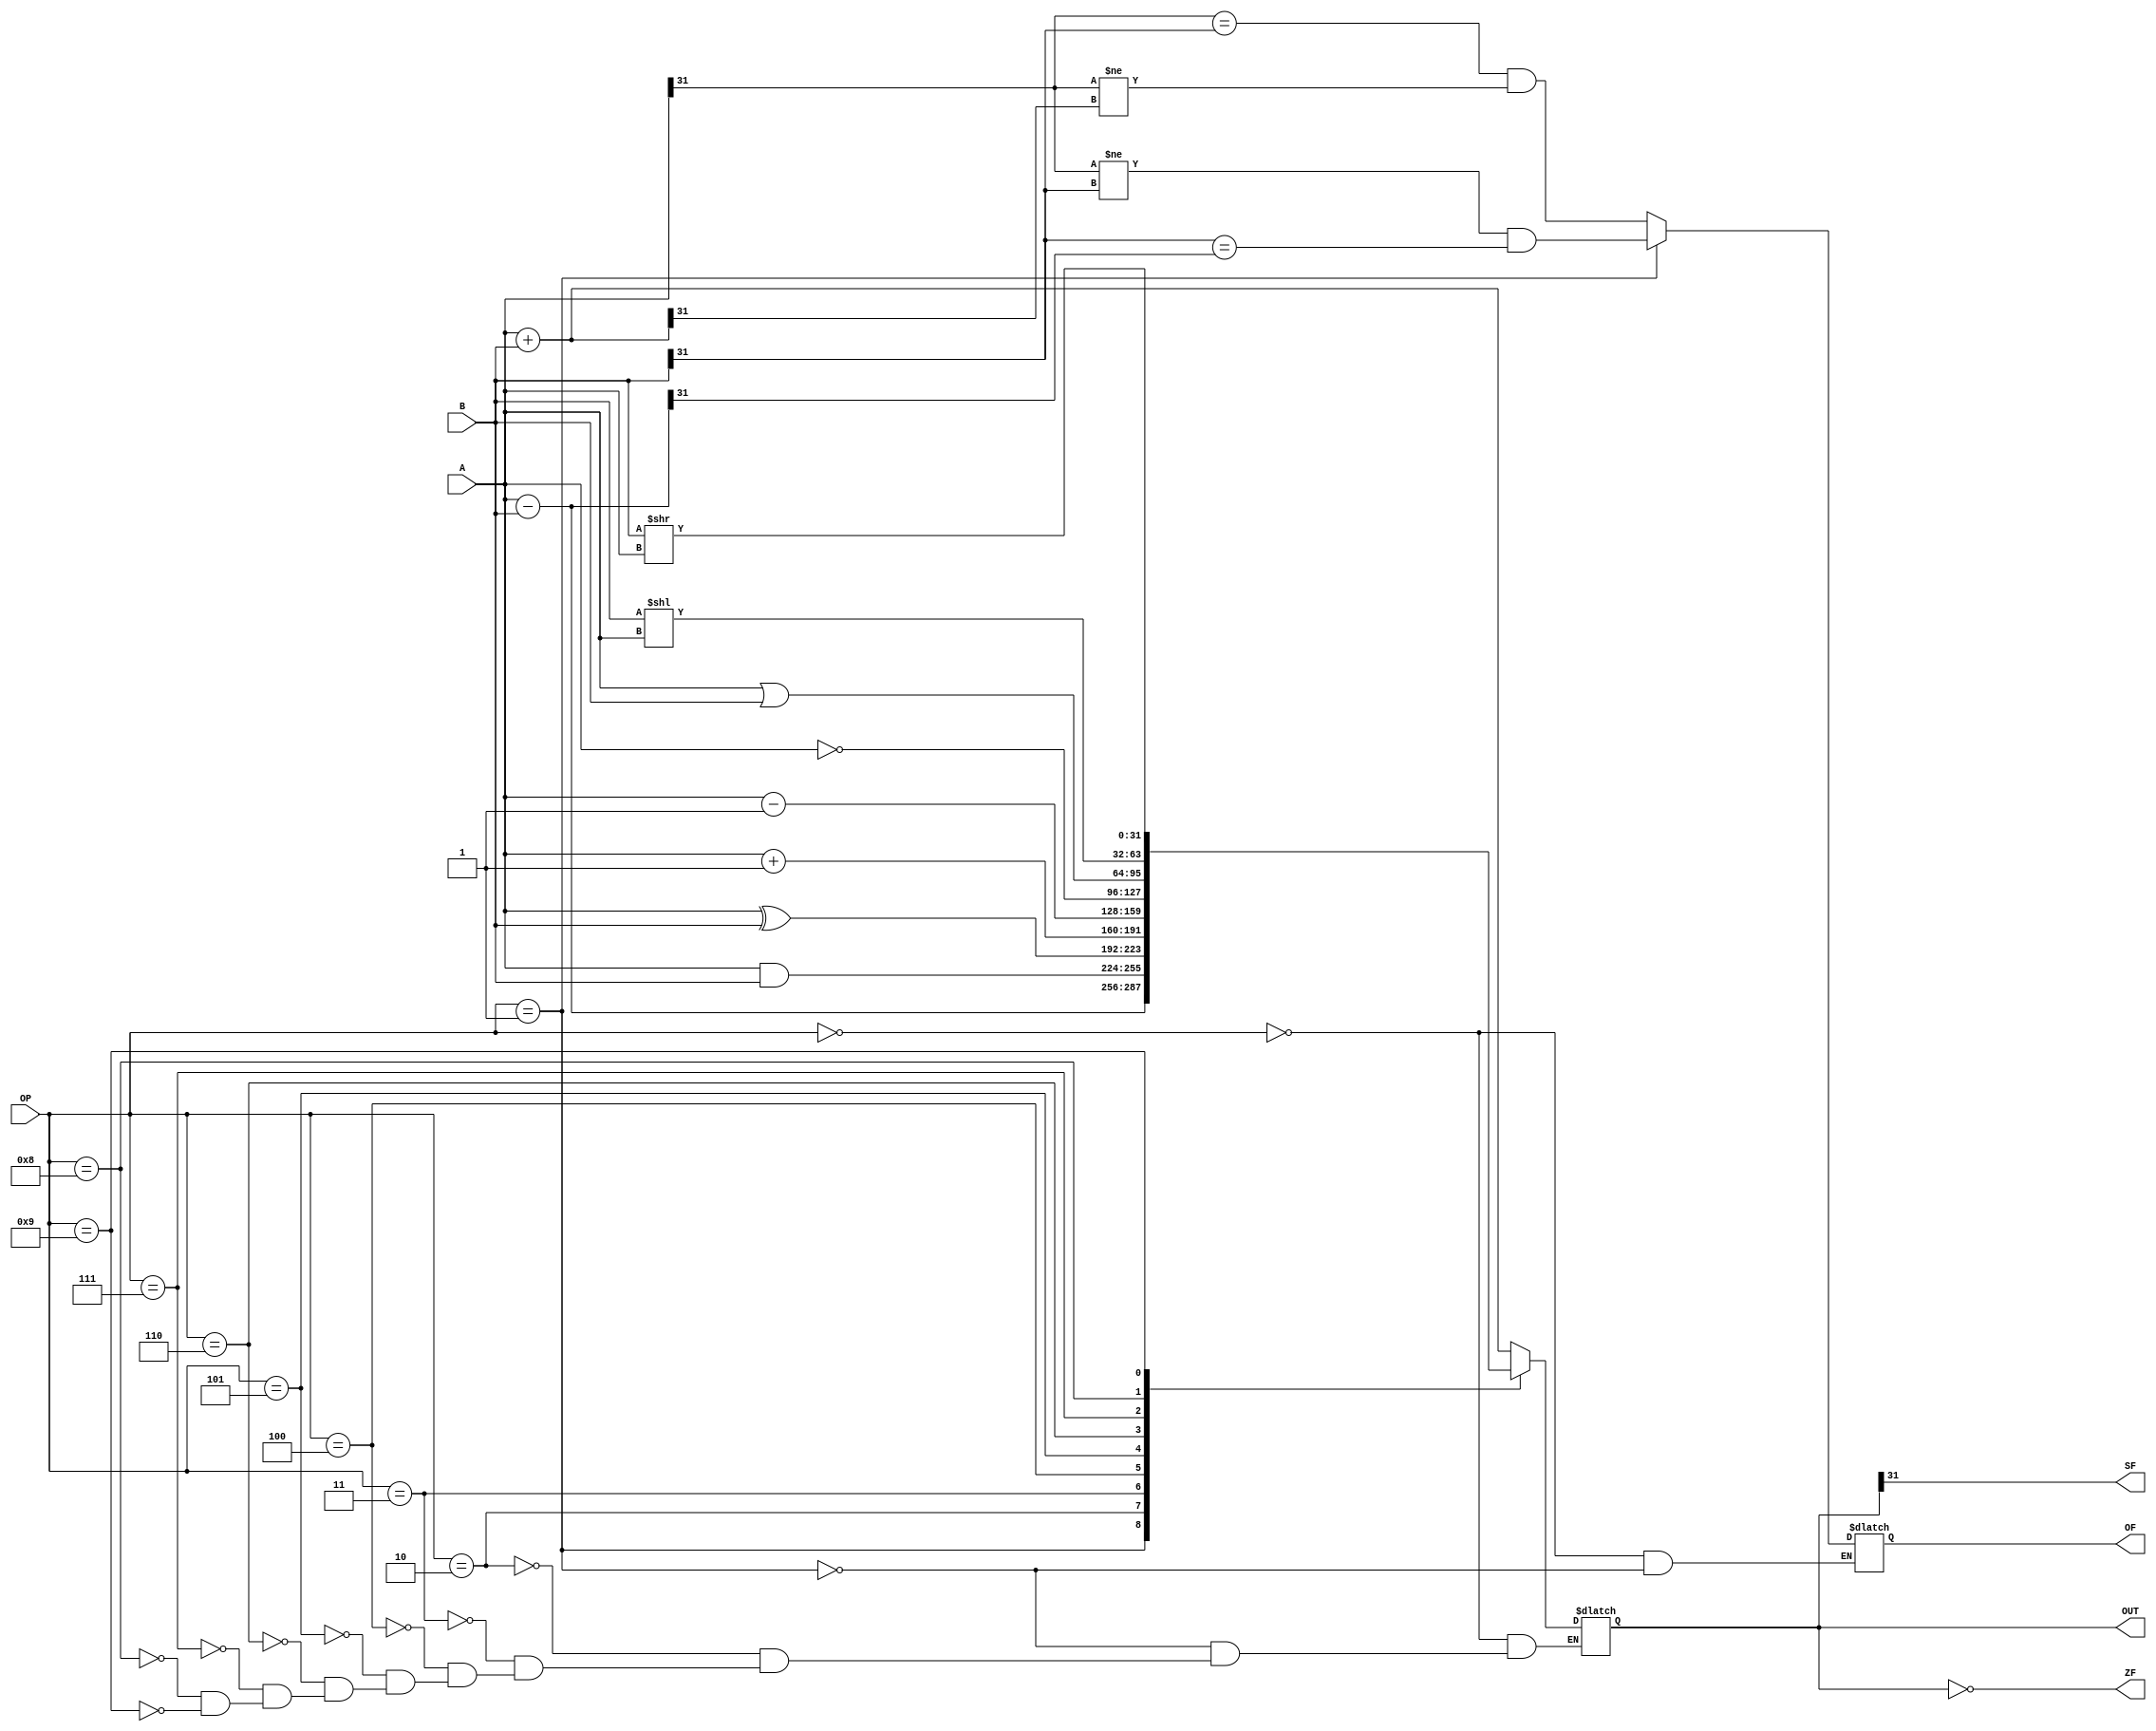
module ALU(A, B, OP, OUT, SF, ZF, OF);
	input [31:0] A, B;
	input [3:0] OP;

	output reg [31:0] OUT;
	output reg SF;
	output reg ZF;
	output reg OF;

	
	parameter
		ADD = 4'd0,
		SUB = 4'd1,
		AND = 4'd2,
		XOR = 4'd3,
		INC = 4'd4,
		DEC = 4'd5,
		NOT = 4'd6,
		OR =  4'd7,
		SHL = 4'd8,
		SHR = 4'd9;

	always @ (A or B or OP) begin
		case (OP)
			ADD: 
				begin 
					OUT = A + B;
					OF = (A[31] == B[31]) &  (A[31] != OUT[31]);
				end 
			SUB: 
				begin
					OUT = A - B;
					OF = (A[31] != B[31]) & (B[31] == OUT[31]);
				end
			AND: OUT = A & B;
			XOR: OUT = A ^ B;
			INC: OUT = A + 1;
			DEC: OUT = A - 1;
			NOT: OUT = ~A;
			OR:  OUT = A | B;
			SHL: OUT = B << A;
			SHR: OUT = B >> A;
		endcase 
	end

	always @ (OUT) begin
		SF <= OUT[31];
		ZF <= OUT == 32'b0;
	end
endmodule